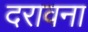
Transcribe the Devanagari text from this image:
दरावना